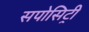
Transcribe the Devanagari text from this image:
सपोसिट्री